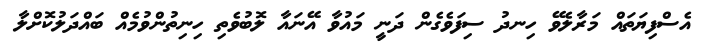
އެސްފިޔަތައް މަރާލެވޭ ހިނދު ސިފަވެގެން ދަނީ މައުވާ އޭނައާ ލޮބުވެތި ހިނިތުންވުމެއް ބައްދަލުކޮށްލާ